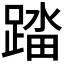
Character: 𰸟